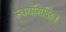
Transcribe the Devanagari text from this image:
स्वयंशिक्षित